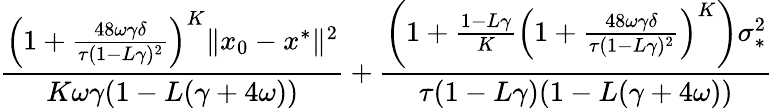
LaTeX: \frac{\left(1+\frac{48\omega\gamma\delta}{\tau(1-L\gamma)^{2}}\right)^{K}\| x_{0}-x^{*}\| ^{2}}{K\omega\gamma(1-L(\gamma+4\omega))}+\frac{\left(1+\frac{1-L\gamma}{K}\left(1+\frac{48\omega\gamma\delta}{\tau(1-L\gamma)^{2}}\right)^{K}\right)\sigma_{*}^{2}}{\tau(1-L\gamma)(1-L(\gamma+4\omega))}